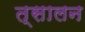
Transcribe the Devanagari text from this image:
त्सालन